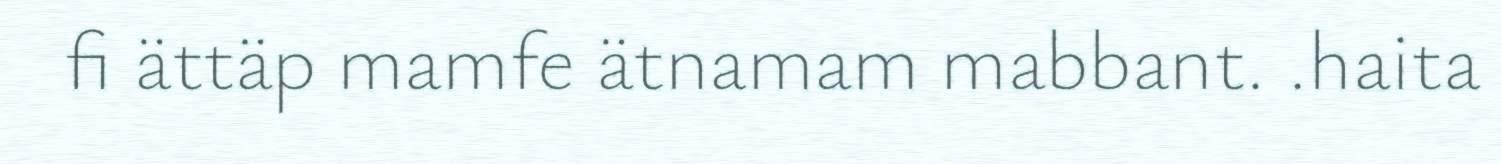
fi ättäp mamfe ätnamam mabbant. .haita